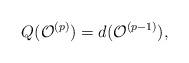
LaTeX: \begin{align*}Q(\mathcal{O}^{(p)})=d(\mathcal{O}^{(p-1)}),\end{align*}